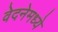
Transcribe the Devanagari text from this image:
वेदनेमध्ये